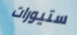
ستيورات